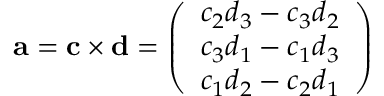
\mathbf { a } = \mathbf { c } \times \mathbf { d } = { \left( \begin{array} { l } { c _ { 2 } d _ { 3 } - c _ { 3 } d _ { 2 } } \\ { c _ { 3 } d _ { 1 } - c _ { 1 } d _ { 3 } } \\ { c _ { 1 } d _ { 2 } - c _ { 2 } d _ { 1 } } \end{array} \right) }